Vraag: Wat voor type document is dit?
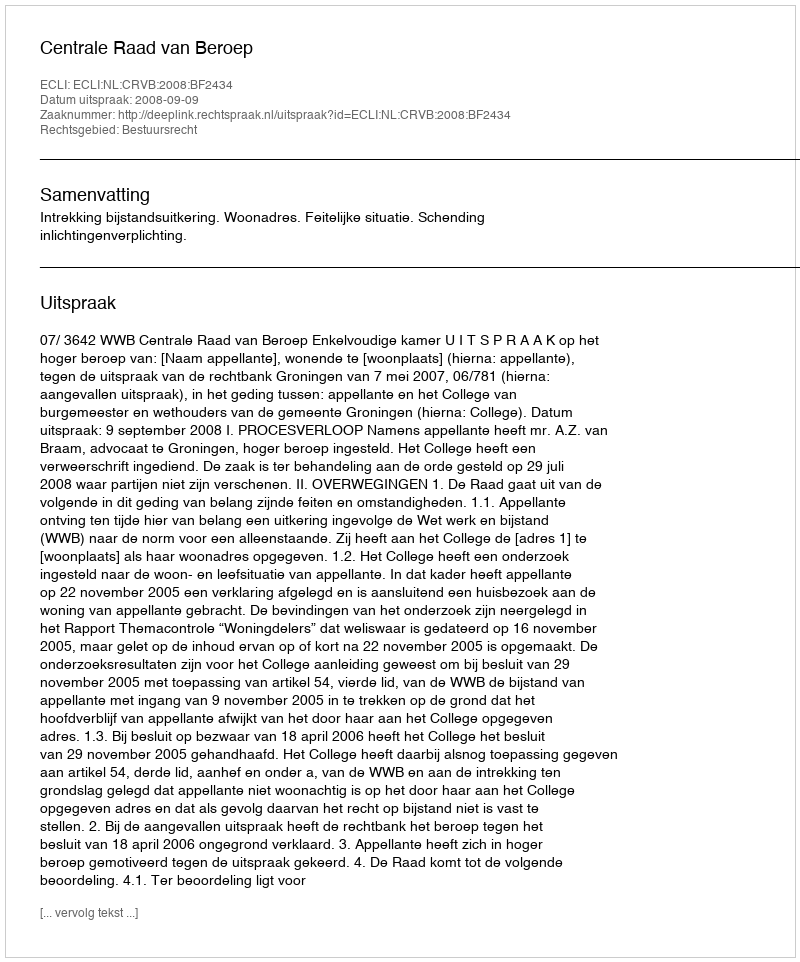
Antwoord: Uitspraak